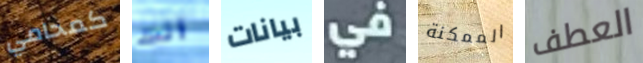
كمحامي انت بيانات في الممكنة العطف